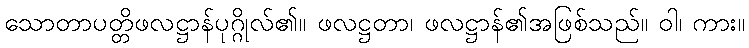
သောတာပတ္တိဖလဋ္ဌာန်ပုဂ္ဂိုလ်၏။ ဖလဋ္ဌတာ၊ ဖလဋ္ဌာန်၏အဖြစ်သည်။ ဝါ၊ ကား။